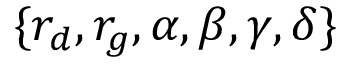
\{ r _ { d } , r _ { g } , \alpha , \beta , \gamma , \delta \}